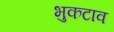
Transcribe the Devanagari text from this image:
भुकटाव